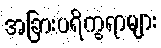
အခြားပရိက္ခရာများ